Vital statistics of India. Vol. V, Reports of 1876 on armies & jails and on epidemic cholera
Year: 1876
Disease focus: Cholera
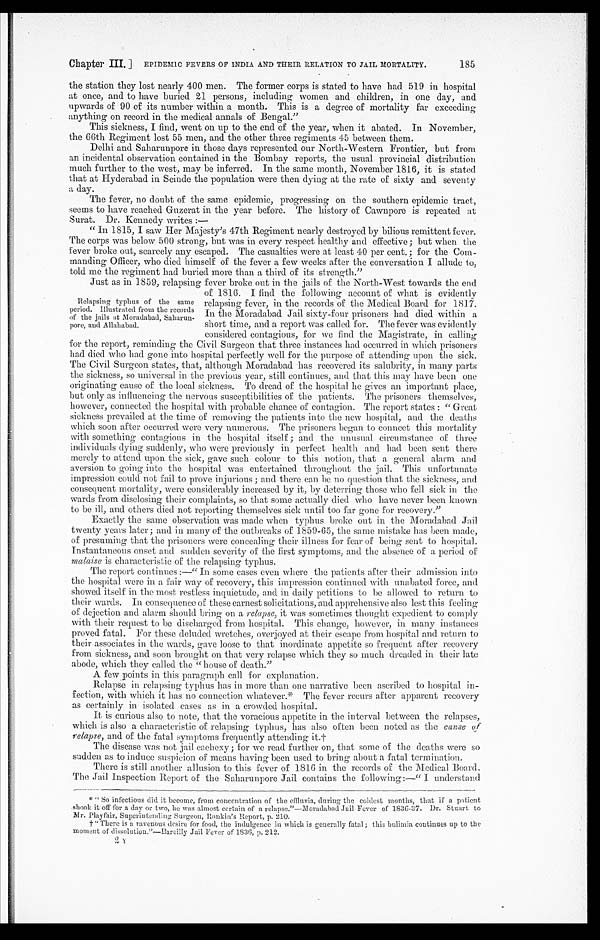
185
Chapter III. ] EPIDEMIC FEVERS OF INDIA AND THEIR RELATION TO JAIL MORTALITY.
the station they lost nearly 400 men. The former corps is stated to have had 519 in hospital
at once, and to have buried 21 persons, including women and children, in one day, and
upwards of 90 of its number within a mouth. This is a degree of mortality far exceeding
anything on record in the medical annals of Bengal."
This sickness, I find, went on up to the end of the year, when it abated. In November,
the 66th Regiment lost 55 men, and the other three regiments 45 between them.
Delhi and Saharunpore in those days represented our North-Western Frontier, but from
an incidental observation contained in the Bombay reports, the usual provincial distribution
much further to the west, may be inferred. In the same month, November 1816, it is stated
that at Hyderabad in Scinde the population were then dying at the rate of sixty and seventy
a day.
The fever, no doubt of the same epidemic, progressing on the southern epidemic tract,
seems to have reached Guzerat in the year before. The history of Cawnpore is repeated at
Surat. Dr. Kennedy writes :
—
"In 1815, I saw Her Majesty's 47th Regiment nearly destroyed by bilious remittent fever.
The corps was below 500 strong, but was in every respect healthy and effective; but when the
fever broke out, scarcely any escaped. The casualties were at least 40 per cent.; for the Com-
manding Officer, who died himself of the fever a few weeks after the conversation I allude to,
told me the regiment had buried more than a third of its strength."
Just as in l859 relapsing fever broke out in the jails of the North-West towards the end
of 1816. I find the following account of what is evidently
relapsing fever, in the records of the Medical Board for 1817.
In the Moradabad Jail sixty-four prisoners had died within a
short time, and a report was called for. The fever was evidently
considered contagious, for we find the Magistrate, in calling
for the report, reminding the Civil Surgeon that three instances had occurred in which prisoners
had died who had gone into hospital perfectly well for the purpose of attending upon the sick.
The Civil Surgeon states, that, although Moradabad has recovered its salubrity, in many parts
the sickness, so universal in the previous year, still continues, and that this may have been one
originating cause of the local sickness. To dread of the hospital he gives an important place,
but only as influencing the nervous susceptibilities of the patients. The prisoners themselves,
however, connected the hospital with probable chance of contagion. The report states: "Great
sickness prevailed at the time of removing the patients into the new hospital, and the deaths
which soon after occurred were very numerous. The prisoners began to connect this mortality
with something contagious in the hospital itself; and the unusual circumstance of three
individuals dying suddenly, who were previously in perfect health and had been sent there
merely to attend upon the sick, gave such colour to this notion, that a general alarm and
aversion to going into the hospital was entertained throughout the jail. This unfortunate
impression could not fail to prove injurious; and there can be no question that the sickness, and
consequent mortality, were considerably increased by it, by deterring those who fell sick in the
wards from disclosing their complaints, so that some actually died who have never been known
to be ill, and others died not reporting themselves sick until too far gone for recovery."
Exactly the same observation was made when typhus broke out in the Moradabad Jail
twenty years later; and in many of the outbreaks of 1859-65, the same mistake has been made,
of presuming that the prisoners were concealing their illness for fear of being sent to hospital.
Instantaneous onset and sudden severity of the first symptoms, and the absence of a period of
malaise is characteristic of the relapsing typhus.
The report continues:— "In some cases even where the patients after their admission into
the hospital were in a fair way of recovery, this impression continued with unabated force, and
showed itself in the most restless inquietude, and in daily petitions to be allowed to return to
their wards. In consequence of these earnest solicitations, and apprehensive also lest this feeling
of dejection and alarm should bring on a relapse, it was sometimes thought expedient to comply
with their request to be discharged from hospital. This change, however, in many instances
proved fatal. For these deluded wretches, overjoyed at their escape from hospital and return to
their associates in the wards, gave loose to that inordinate appetite so frequent after recovery
from sickness, and soon brought on that very relapse which they so much dreaded in their late
abode, which they called the "house of death."
A few points in this paragraph call for explanation.
Relapse in relapsing typhus has in more than one narrative been ascribed to hospital in
-
fection, with which it has no connection whatever.*The fever recurs after apparent recovery
as certainly in isolated cases as in a crowded hospital.
It is curious also to note, that the voracious appetite in the interval between the relapses,
which is also a characteristic of relapsing typhus, has also often been noted as the cause of
relapse, and of the fatal symptoms frequently attending it.†
The disease was not jail cachexy; for we read further on, that some of the deaths were so
sudden as to induce suspicion of means having been used to bring about a fatal termination.
There is still another allusion to this fever of 1816 in the records of the Medical Board.
The Jail Inspection Report of the Saharunpore Jail contains the following :—"I understand
* "So infections did it become, from concentration of the effluvia, during the coldest months, that if a patient
shook it off for a day or two, he was almost certain of a relapse."—Moradabad Jail Fever of 1836-37. Dr. Stuart to
Mr. Playfair, Superintending Surgeon, Rankin's Report, p. 210.
† "There is a ravenous desire for food, the indulgence in which is generally fatal; this bulimia continues up to the
moment of dissolution."—Bareillv Jail Fever of 1836, p. 212.
Relapsing typhus of the same
period. Illustrated from the records
of the jails at Moradabad, Saharun
-
pore, and Allahabad.
2 Y